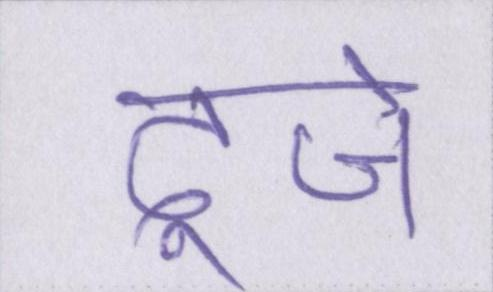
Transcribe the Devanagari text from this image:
दूजे